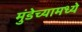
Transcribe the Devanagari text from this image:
मुंडेच्यामध्ये